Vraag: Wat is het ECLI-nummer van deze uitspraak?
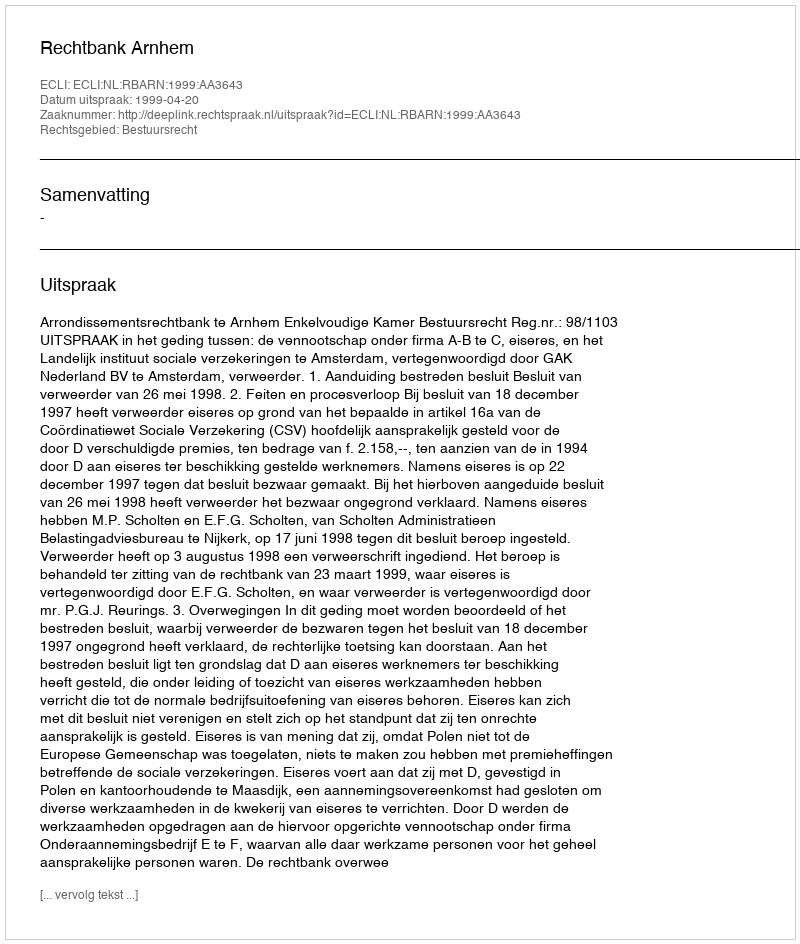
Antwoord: ECLI:NL:RBARN:1999:AA3643